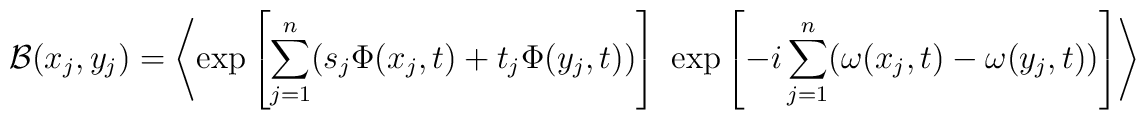
{\cal{B}}(x_j,y_j)=\left< {\rm exp}\left[\sum_{j=1}^n(s_j\Phi(x_j,t)+t_j\Phi(y_j,t))\right]~{\rm exp}\left[-i\sum_{j=1}^n(\omega(x_j,t)-\omega(y_j,t))\right]\right>